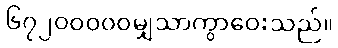
၆၇၂၀၀၀၀၀မျှသာကွာဝေးသည်။